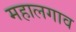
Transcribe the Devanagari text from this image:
महालगाव